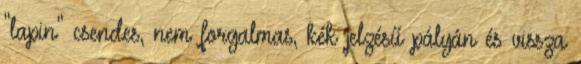
"lapin" csendes, nem forgalmas, kék jelzésű pályán és vissza